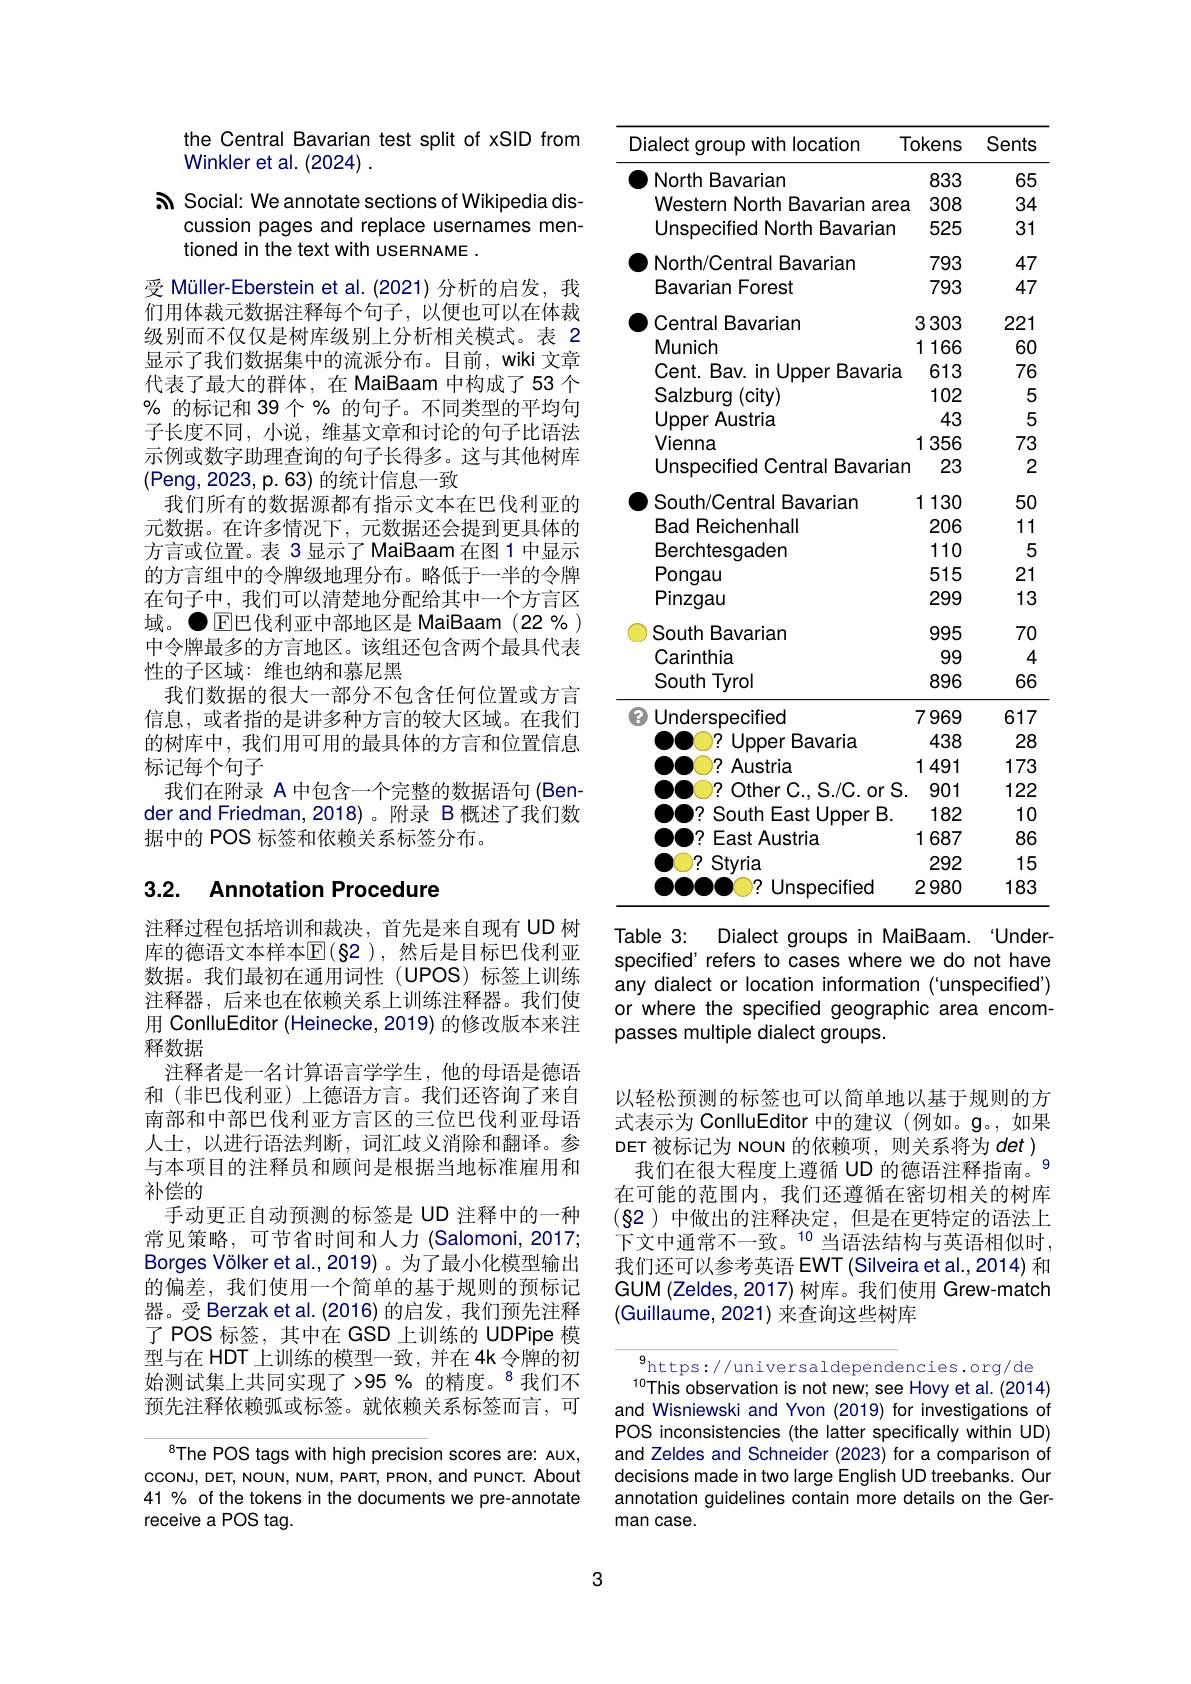
the Central Bavarian test split of xSID from
Winkler et al. (2024) .
sh Social: We annotate sections of Wikipedia dis-
cussion pages and replace usernames men-
tioned in the text with useRNAME .

受 Müller-Eberstein et al.(2021)分析的启发，我们用体裁元数据注释每个句子，以便也可以在体裁级别而不仅仅是树库级别上分析相关模式。表 2显示了我们数据集中的流派分布。目前，wiki 文章代表了最大的群体，在 MaiBaam 中构成了53 个% 的标记和 39 个 % 的句子。不同类型的平均句子长度不同，小说，维基文章和讨论的句子比语法示例或数字助理查询的句子长得多。这与其他树库(Peng,2023,p.63)的统计信息一致
我们所有的数据源都有指示文本在巴伐利亚的元数据。在许多情况下，元数据还会提到更具体的方言或位置。表 3显示了 MaiBaam 在图 1 中显示的方言组中的令牌级地理分布。略低于一半的令牌在句子中，我们可以清楚地分配给其中一个方言区域。$\bullet$ E巴伐利亚中部地区是 MaiBaam (22 %) 中令牌最多的方言地区。该组还包含两个最具代表性的子区域：维也纳和慕尼黑
我们数据的很大一部分不包含任何位置或方言信息，或者指的是讲多种方言的较大区域。在我们的树库中，我们用可用的最具体的方言和位置信息标记每个句子
我们在附录 A 中包含一个完整的数据语句 (Bender and Friedman, 2018)。附录 B 概述了我们数据中的 POS 标签和依赖关系标签分布。

# 3.2. Annotation Procedure

注释过程包括培训和裁决，首先是来自现有 UD 树库的德语文本样本$\mathbb{E}(82)$,然后是目标巴伐利亚数据。我们最初在通用词性 (UPOS) 标签上训练注释器，后来也在依赖关系上训练注释器。我们使用 ConlluEditor (Heinecke, 2019) 的修改版本来注释数据
注释者是一名计算语言学学生，他的母语是德语和 (非巴伐利亚)上德语方言。我们还咨询了来自南部和中部巴伐利亚方言区的三位巴伐利亚母语人士，以进行语法判断，词汇歧义消除和翻译。参与本项目的注释员和顾问是根据当地标准雇用和补偿的
手动更正自动预测的标签是 UD 注释中的一种常见策略，可节省时间和人力(Salomoni,2017; Borges Völker et al., 2019) 。为了最小化模型输出的偏差，我们使用一个简单的基于规则的预标记器。受 Berzak et al. (2016) 的启发，我们预先注释了POS 标签，其中在 GSD 上训练的 UDPipe 模型与在 HDT 上训练的模型一致，并在 4k 令牌的初始测试集上共同实现了>95% 的精度。$^{8}$我们不预先注释依赖弧或标签。就依赖关系标签而言，可

$^{8}$The POS tags with high precision scores are: AUX, cconu, DET, NOUN, NUM, PART, PRON, and PUNCT. About 41% of the tokens in the documents we pre-annotate receive a POS tag.

3

<table>
	<tbody>
		<tr>
			<th>Dialect group with location</th>
			<th>$\bar{o}kens$</th>
			<th>Sents</th>
		</tr>
		<tr>
			<td>North Bavarian</td>
			<td>833</td>
			<td>65</td>
		</tr>
		<tr>
			<td>Western North Bavarian area</td>
			<td>308</td>
			<td>34</td>
		</tr>
		<tr>
			<td>Unspecified North Bavarian</td>
			<td>525</td>
			<td>31</td>
		</tr>
		<tr>
			<td>North/Central Bavarian</td>
			<td>793</td>
			<td>47</td>
		</tr>
		<tr>
			<td>Bavarian Forest</td>
			<td>793</td>
			<td>47</td>
		</tr>
		<tr>
			<td>Central Bavarian</td>
			<td>3303</td>
			<td>221</td>
		</tr>
		<tr>
			<td>Munich</td>
			<td>1 166</td>
			<td>60</td>
		</tr>
		<tr>
			<td>Cent. Bav. in Upper Bavaria</td>
			<td>613</td>
			<td>76</td>
		</tr>
		<tr>
			<td>Salzburg $y\left(\mathrm{city}\right)$</td>
			<td>102</td>
			<td>5</td>
		</tr>
		<tr>
			<td>Upper Austria</td>
			<td>43</td>
			<td></td>
		</tr>
		<tr>
			<td>Vienna</td>
			<td>1356</td>
			<td>73</td>
		</tr>
		<tr>
			<td>Unspecified Central Bavarian</td>
			<td>23 1</td>
			<td>2</td>
		</tr>
		<tr>
			<td>South/Central Bavarian</td>
			<td>1130 </td>
			<td>50</td>
		</tr>
		<tr>
			<td>Bad Reichenhall</td>
			<td>206</td>
			<td>11</td>
		</tr>
		<tr>
			<td>Berchtesgaden</td>
			<td>110</td>
			<td>5</td>
		</tr>
		<tr>
			<td>Pongau</td>
			<td>515</td>
			<td>21</td>
		</tr>
		<tr>
			<td>Pinzgau</td>
			<td>299</td>
			<td>13</td>
		</tr>
		<tr>
			<td>South Bavarian</td>
			<td>995</td>
			<td>70</td>
		</tr>
		<tr>
			<td>Carinthia</td>
			<td>999</td>
			<td>4</td>
		</tr>
		<tr>
			<td>South Tyrol</td>
			<td>896</td>
			<td>66</td>
		</tr>
		<tr>
			<td>Underspecified</td>
			<td>7969</td>
			<td>617</td>
		</tr>
		<tr>
			<td>Upper Bavaria </td>
			<td>438</td>
			<td>28</td>
		</tr>
		<tr>
			<td>17 Austria</td>
			<td>1491</td>
			<td>173</td>
		</tr>
		<tr>
			<td>1 Other O C. . S. / C. orS</td>
			<td></td>
			<td>122</td>
		</tr>
		<tr>
			<td>7: South East Upper B.</td>
			<td>182</td>
			<td>10</td>
		</tr>
		<tr>
			<td>East Austria 7</td>
			<td>1687</td>
			<td>86</td>
		</tr>
		<tr>
			<td>17 Styria</td>
			<td>292</td>
			<td>15</td>
		</tr>
		<tr>
			<td>Unspecified ${^{\prime}}$</td>
			<td>2980</td>
			<td>183</td>
		</tr>
	</tbody>
</table>
Table 3: Dialect groups in MaiBaam. "Under

specified' refers to cases where we do not have any dialect or location information ('unspecified') or where the specified geographic area encompasses multiple dialect groups.

以轻松预测的标签也可以简单地以基于规则的方式表示为 ConlluEditor 中的建议(例如。$\mathfrak{g}$。,如果DET 被标记为 NOUN 的依赖项，则关系将为$det)$ 我们在很大程度上遵循 UD 的德语注释指南。9在可能的范围内，我们还遵循在密切相关的树库(82)中做出的注释决定，但是在更特定的语法上下文中通常不一致。$^{10}$当语法结构与英语相似时， 我们还可以参考英语 EWT (Silveira et al., 2014) 和GUM (Zeldes, 2017) 树库。我们使用 Grew-match (Guillaume, 2021) 来查询这些树库

$^{9}$https://universaldependencies.org/de This observation is not new; see Hovy et al.(2014) and Wisniewski and Yvon (2019) for investigations of POS inconsistencies (the latter specifically within UD) and Zeldes and Schneider (2023) for a comparison of decisions made in two large English UD treebanks. Our annotation guidelines contain more details on the German case.